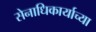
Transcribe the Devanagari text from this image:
सेनाधिकार्याच्या